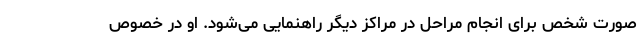
صورت شخص برای انجام مراحل در مراکز دیگر راهنمایی می‌شود. او در خصوص